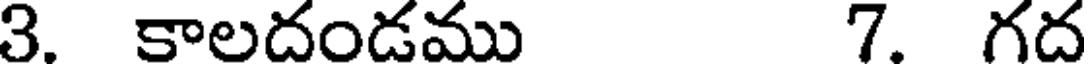
3. కాలదండము 7. గద